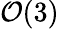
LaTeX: \mathcal{O}(3)